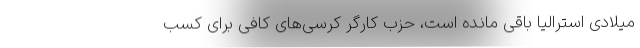
میلادی استرالیا باقی مانده است، حزب کارگر کرسی‌های کافی برای کسب